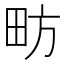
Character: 𱰫